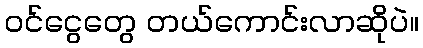
ဝင်ငွေတွေ တယ်ကောင်းလာဆိုပဲ။